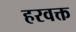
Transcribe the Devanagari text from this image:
हरवक्त